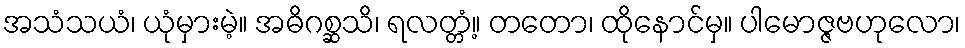
အသံသယံ၊ ယုံမှားမဲ့။ အဓိဂစ္ဆသိ၊ ရလတ္တံ့။ တတော၊ ထိုနောင်မှ။ ပါမောဇ္ဇဗဟုလော၊